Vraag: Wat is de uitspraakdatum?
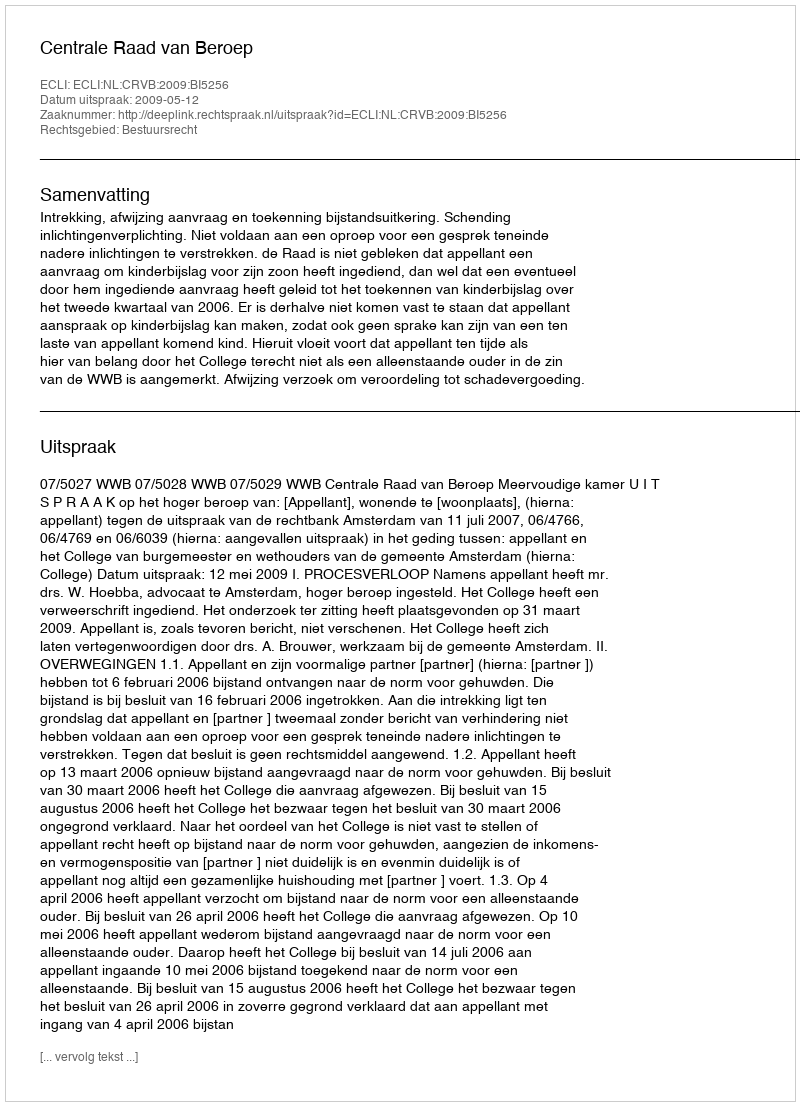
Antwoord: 2009-05-12